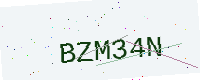
Text: BZM34N